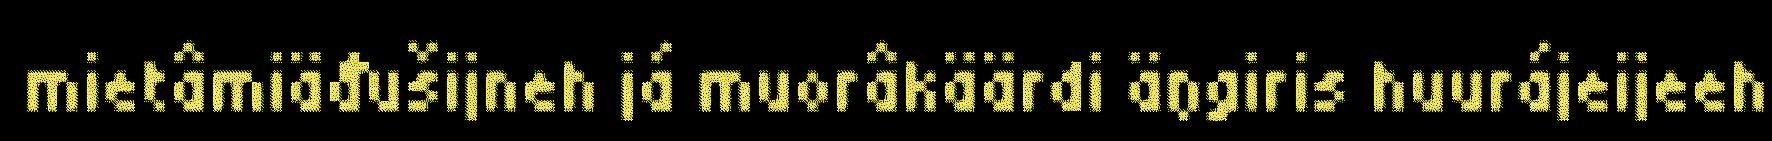
mietâmiäđušijneh já muorâkäärdi äŋgiris huurájeijeeh